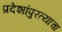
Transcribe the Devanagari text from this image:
प्रदेशांपुरत्याचा